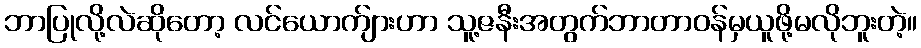
ဘာပြုလို့လဲဆိုတော့ လင်ယောက်ျားဟာ သူ့ဇနီးအတွက်ဘာတာဝန်မှယူဖို့မလိုဘူးတဲ့။